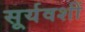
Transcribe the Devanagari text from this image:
सूर्यवशीं